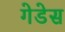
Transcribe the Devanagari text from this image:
गेडेस